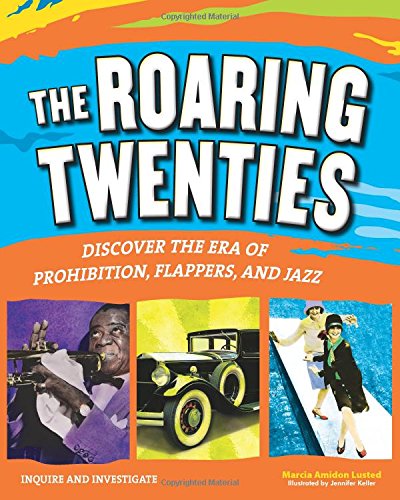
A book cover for The Roaring Twenties: Discover the Era of Prohibition, Flappers, and Jazz (Inquire and Investigate); Marcia Amidon Lusted; Children's Books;